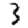
Digit: 3